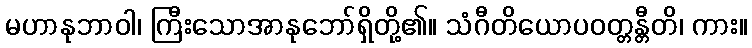
မဟာနုဘာဝါ၊ ကြီးသောအာနုဘော်ရှိတို့၏။ သံဂီတိယောပဝတ္တန္တီတိ၊ ကား။